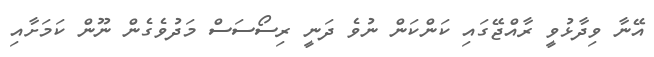
އޭނާ ވިދާޅުވީ ރާއްޖޭގައި ކަންކަން ނުވެ ދަނީ ރިސޯސަސް މަދުވެގެން ނޫން ކަމަށާއި